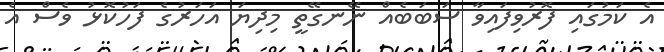
އެ ކަމުގައި ފޮރުވިފައިވާ ސަބަބެއް ނޭނގޭތީ މިދިޔަ އަހަރުގެ ފަހުކޮޅު ވެސް އެ